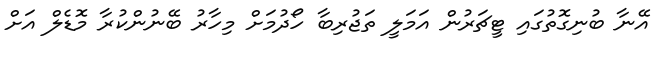
އޭނާ ބުނިގޮތުގައި ޓީޗަރުން އަމަލީ ތަޖުރިބާ ހޯދުމަށް މިހާރު ބޭނުންކުރާ މޮޑެލް އަށް